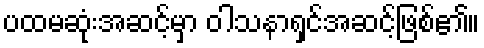
ပထမဆုံးအဆင့်မှာ ဝါသနာရှင်အဆင့်ဖြစ်၏။